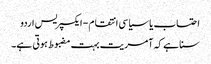
احتساب یا سیاسی انتقام - ایکسپریس اردو
سنا ہے کہ آمریت بہت مضبوط ہوتی ہے۔